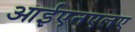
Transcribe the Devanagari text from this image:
आईएनएलए